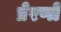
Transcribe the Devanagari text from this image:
प्रेरणों